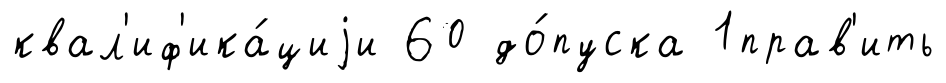
квал'иф'ика́циjи 60 до́пуска 1прав'ить